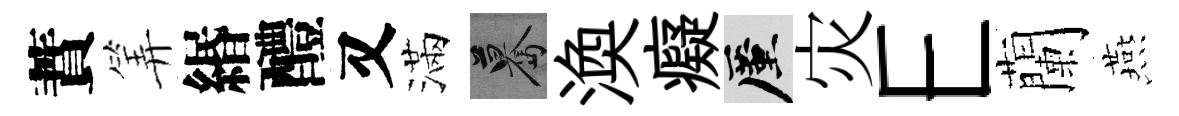
蕡筭緡醴又滿驀渙癡厪灾E蘭燕